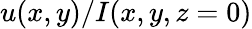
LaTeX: u(x,y)/I(x,y,z=0)